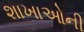
શાખાઓની